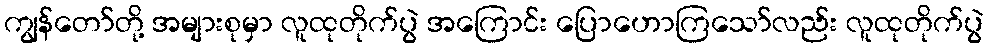
ကျွန်တော်တို့ အများစုမှာ လူထုတိုက်ပွဲ အကြောင်း ပြောဟောကြသော်လည်း လူထုတိုက်ပွဲ